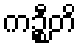
ကဉ္စီတိ